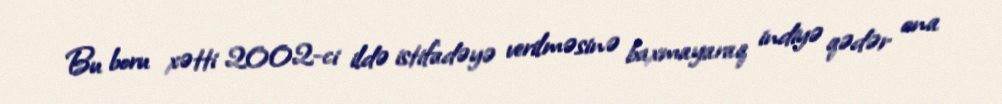
Bu boru xətti 2002-ci ildə istifadəyə verilməsinə baxmayaraq indiyə qədər ona